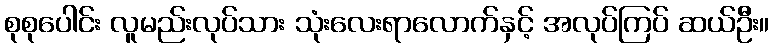
စုစုပေါင်း လူမည်းလုပ်သား သုံးလေးရာလောက်နှင့် အလုပ်ကြပ် ဆယ်ဦး။